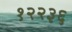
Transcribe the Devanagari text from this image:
१२२३६